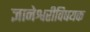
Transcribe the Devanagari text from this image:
ज्ञानेश्वरीविषयक